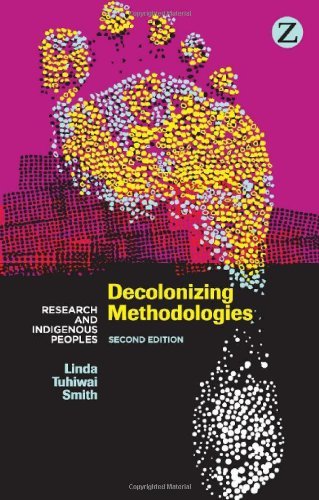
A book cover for By Linda Tuhiwai Smith - Decolonizing Methodologies: Research and Indigenous Peoples (2nd Revised edition) (4.10.2012); Linda Tuhiwai Smith; Law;